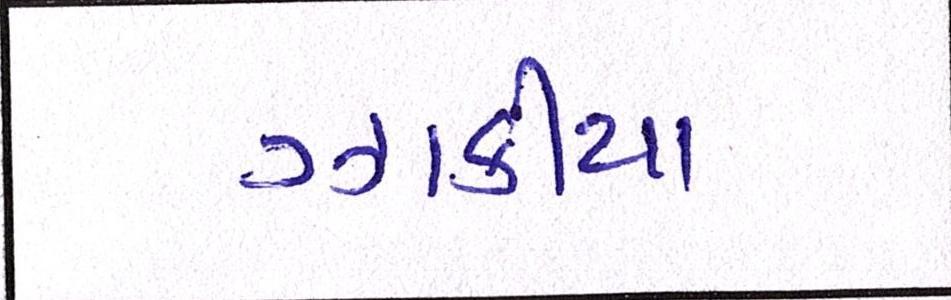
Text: ઝાકીયા